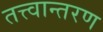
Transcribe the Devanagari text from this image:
तत्त्वान्तरण